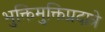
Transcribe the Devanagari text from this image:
भुक्तिमुक्तिप्रदात्रे